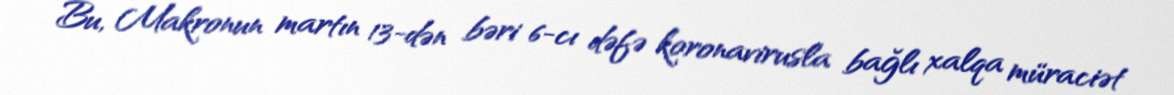
Bu, Makronun martın 13-dən bəri 6-cı dəfə koronavirusla bağlı xalqa müraciət